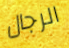
الرجال